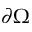
\ensuremath { \partial } \Omega